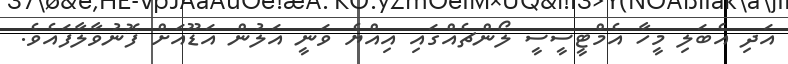
އަދި އެބަލި މީހާ އެމްޓީސީސީ ލޯންޗެއްގައި އިއްޔެ ވަނީ އަލުން އަޑޫއަށް ފޮނުވާލާފައެވެ.